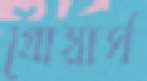
গ্রোয়ার্স